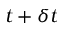
t + \delta t